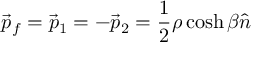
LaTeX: \vec { p } _ { f } = \vec { p } _ { 1 } = - \vec { p } _ { 2 } = \frac { 1 } { 2 } \rho \cosh \beta \hat { n }